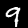
Label: 9